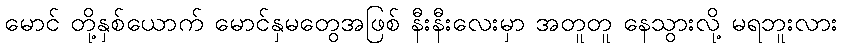
မောင် တို့နှစ်ယောက် မောင်နှမတွေအဖြစ် နီးနီးလေးမှာ အတူတူ နေသွားလို့ မရဘူးလား